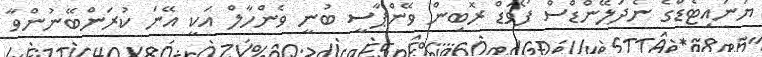
ޔުނައިޓެޑްގެ ނެދަލޭންޑްސް ފޯވަޑް ރޮބިން ވޭންޕާސީ ބުނީ ވެންހާލް އަކީ އޭނަ ކުރަންބޭނުންވާ